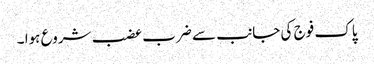
پاک فوج کی جانب سے ضرب عضب شروع ہوا ۔